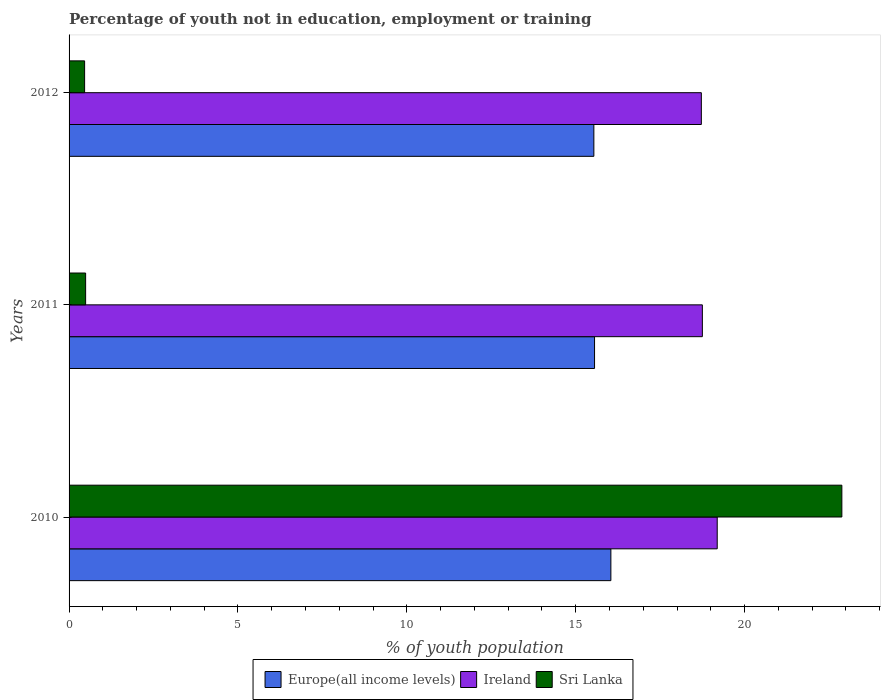
| Years | Europe(all income levels) | Ireland | Sri Lanka |
 | --- | --- | --- | --- |
 | 2010 | 16 | 19.2 | 22.9 |
 | 2011 | 15.6 | 18.8 | 0.49 |
 | 2012 | 15.5 | 18.7 | 0.46 |